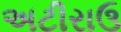
અટીરાઉ